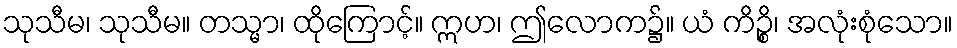
သုသီမ၊ သုသီမ။ တသ္မာ၊ ထိုကြောင့်။ ဣဟ၊ ဤလောက၌။ ယံ ကိဉ္စိ၊ အလုံးစုံသော။